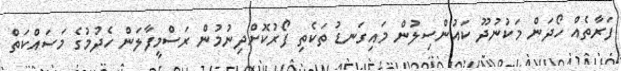
ފަރާތެއް ހޯދަން މަކުނުދޫ ކައުންސިލުން މައިގަނޑު ތަކެތި ފޯރުކޮށްދިނުމުން ރަސްމީފާލަން ހެދުމުގެ މަސައްކަތް